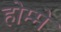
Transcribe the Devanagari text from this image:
होम्मे